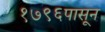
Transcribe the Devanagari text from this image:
१७९६पासून